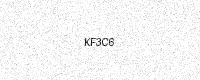
Text: KF3C6